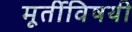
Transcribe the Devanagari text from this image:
मूर्तीविषयी